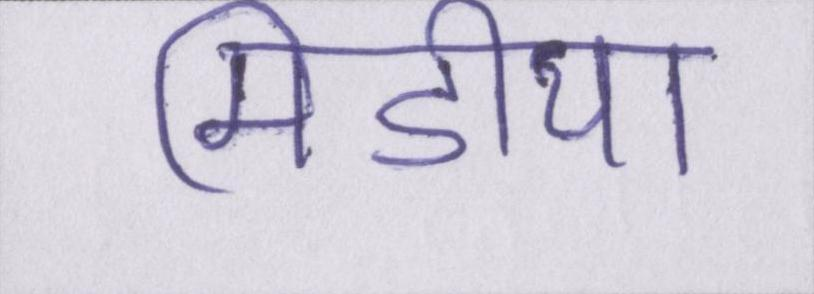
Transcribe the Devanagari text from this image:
मिडीया